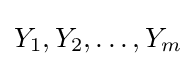
{\textstyle Y_{1},Y_{2},\ldots ,Y_{m}}